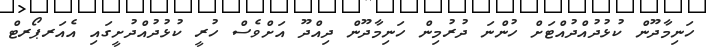
ހަނިމާދޫން ކުޅުދުއްދުއްޓަށް ހުންނަ ދުރުމިން ހަނިމާދޫން ދިއްދޫ އަށްވެސް ހުރީ ކުޅުދުއްދުށީގައި އެއަރޕޯރޓް